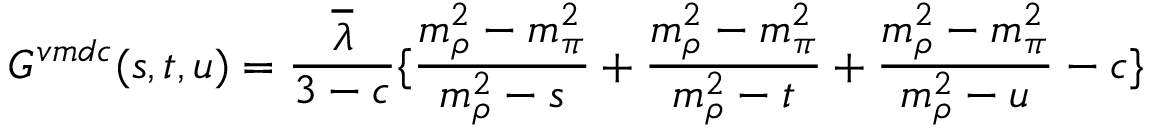
G ^ { v m d c } ( s , t , u ) = \frac { \overline { { { \lambda } } } } { 3 - c } \{ \frac { m _ { \rho } ^ { 2 } - m _ { \pi } ^ { 2 } } { m _ { \rho } ^ { 2 } - s } + \frac { m _ { \rho } ^ { 2 } - m _ { \pi } ^ { 2 } } { m _ { \rho } ^ { 2 } - t } + \frac { m _ { \rho } ^ { 2 } - m _ { \pi } ^ { 2 } } { m _ { \rho } ^ { 2 } - u } - c \}